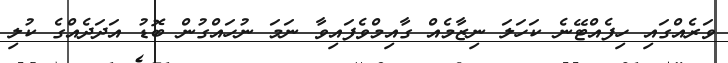
ވަރެއްގައި ހިފެއްޓޭނެ ކަހަލަ ނިޒާމެއް ގާއިމްވެފައިވާ ނަމަ ނުހައްގުން ބޮޑު އަދަދެއްގެ ކުލި